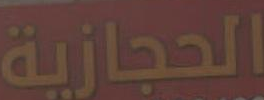
الحجازية